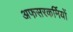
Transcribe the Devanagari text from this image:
अफसरकर्मियों